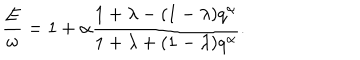
LaTeX: \frac { E } { \omega } = 1 + \alpha \frac { 1 + \lambda - ( 1 - \lambda ) q ^ { \alpha } } { 1 + \lambda + ( 1 - \lambda ) q ^ { \alpha } } .